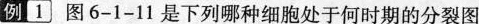
例|1〕图6-1-11是下列哪种细胞处于何时期的分裂图